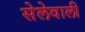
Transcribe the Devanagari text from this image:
सेलेवाली